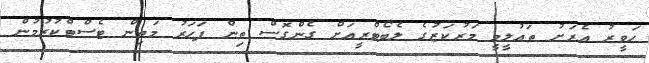
ހަވީރު އެރަށު ތައުލީމީ މަރުކަޒުގެ ލެބޯޓްރީއަށް ގެންގޮސް ތިން ފަހަރު މަތިން ޓެސްޓްކުރުމުން